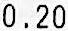
0.20